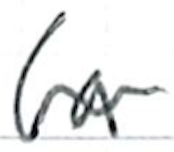
Text: (a
Cross-out: wave
Writing tool: ballpoint